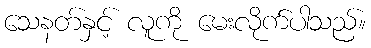
သေနတ်နှင့် လူကို မေးလိုက်ပါသည်။